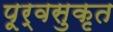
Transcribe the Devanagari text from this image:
पूर्वसुकृत